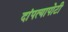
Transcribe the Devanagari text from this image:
दांपत्यापोटी